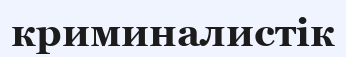
криминалистік